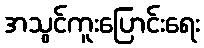
အသွင်ကူးပြောင်းရေး